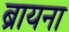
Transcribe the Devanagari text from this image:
ब्रायना